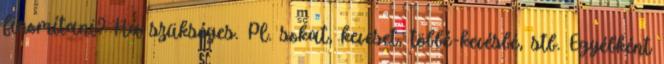
finomítani? Ha szükséges. Pl. sokat, keveset, többé-kevésbé, stb. Egyébként